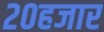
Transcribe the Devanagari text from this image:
२०हजार